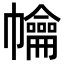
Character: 𢅹